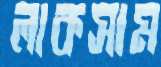
লাকসাম